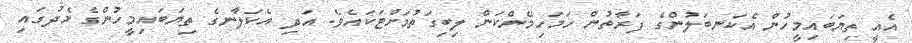
އެއީ ތިޔަބައިމީހުން އެކަނބަލުންގެ ފަރާތުން ހަމަހިމޭންކަން ލިބިގަތުމަށްޓަކައެވެ. އަދި އެކަލާނގެ ތިޔަބައިމީހުންގެ މެދުގައި